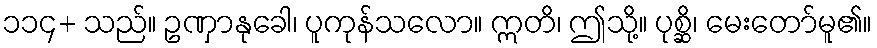
၁၁၄+ သည်။ ဥဏှာနုခေါ၊ ပူကုန်သလော။ ဣတိ၊ ဤသို့။ ပုစ္ဆိ၊ မေးတော်မူ၏။